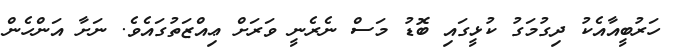
ހަރުބީއާއެކު ދިގުމަގު ކުޅީގައި ބޮޑު މަސް ނެރެނީ ވަރަށް ޢިއްޒަތުގައެވެ. ނަށާ އަންހެން